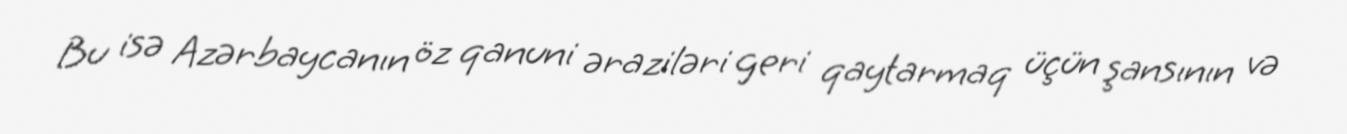
Bu isə Azərbaycanın öz qanuni əraziləri geri qaytarmaq üçün şansının və